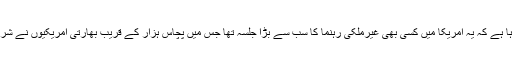
کہا جارہا ہے کہ یہ امریکا میں کسی بھی غیرملکی رہنما کا سب سے بڑا جلسہ تھا جس میں پچاس ہزار کے قریب بھارتی امریکیوں نے شرکت کی۔